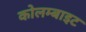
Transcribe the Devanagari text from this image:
कोलम्बाइट